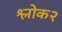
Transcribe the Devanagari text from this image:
श्लोक२